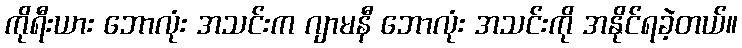
ကိုရီးယား ဘောလုံး အသင်းက ဂျာမနီ ဘောလုံး အသင်းကို အနိုင်ရခဲ့တယ်။